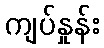
ကျပ်နှုန်း